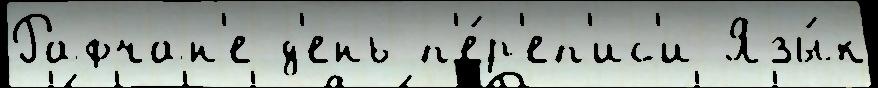
Рафчан'е д'ень п'е́р'еп'ис'и Язы́к